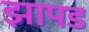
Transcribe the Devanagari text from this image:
झापड